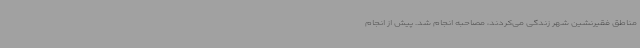
مناطق فقیرنشین شهر زندگی می‌کردند، مصاحبه انجام شد. پیش از انجام